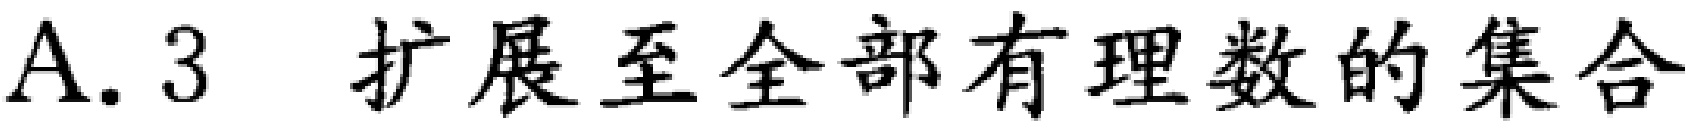
A. 3 扩展至全部有理数的集合